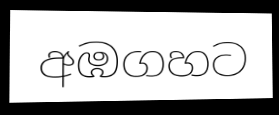
අඹගහට